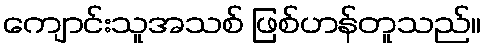
ကျောင်းသူအသစ် ဖြစ်ဟန်တူသည်။